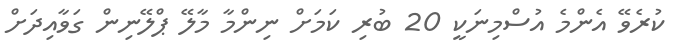
ކުރެވޭ އެންމެ އުސްމިނަކީ 20 ބުރި ކަމަށް ނިންމާ މާލޭ ޕްލޭނިން ގަވާއިދަށް